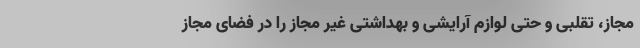
مجاز، تقلبی و حتی لوازم آرایشی و بهداشتی غیر مجاز را در فضای مجاز